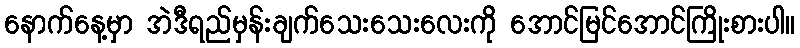
နောက်နေ့မှာ အဲဒီရည်မှန်းချက်သေးသေးလေးကို အောင်မြင်အောင်ကြိုးစားပါ။